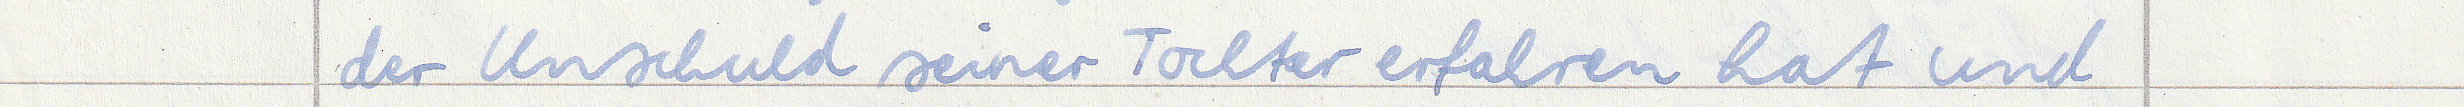
der Unschuld seiner Tochter erfahren hat und